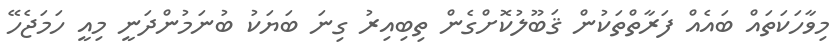
މިވާހަކަތައް ބައެއް ފަރާތްތަކުން ޤަބޫލުކޮށްގެން ތިބިއިރު ގިނަ ބަޔަކު ބުނަމުންދަނީ މިއީ ހަމަޖެހޭ